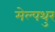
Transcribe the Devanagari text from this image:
मेल्पथुर